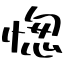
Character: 愡